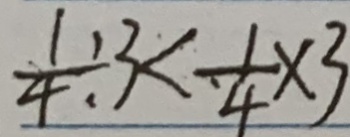
\frac { 1 } { 4 } \div 3 < \frac { 1 } { 4 } \times 3